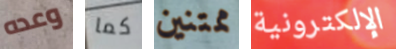
وعده كما ممتنين الإلكترونية